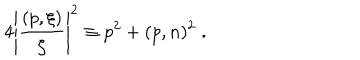
4 \left| \frac { ( p , \xi ) } { \zeta } \right| ^ { 2 } \equiv p ^ { 2 } + ( p , n ) ^ { 2 } \; .